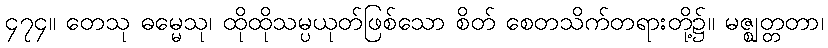
၄၇၄။ တေသု ဓမ္မေသု၊ ထိုထိုသမ္ပယုတ်ဖြစ်သော စိတ် စေတသိက်တရားတို့၌။ မဇ္ဈတ္တတာ၊